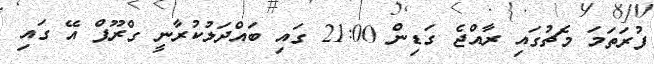
ފުރަތަމަ މެޗުގައި ރާއްޖެ ގަޑިން 21:00 ގައި ބައްދަލުކުރާނީ ގްރޫޕް އޭ ގައި